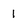
Character: 1